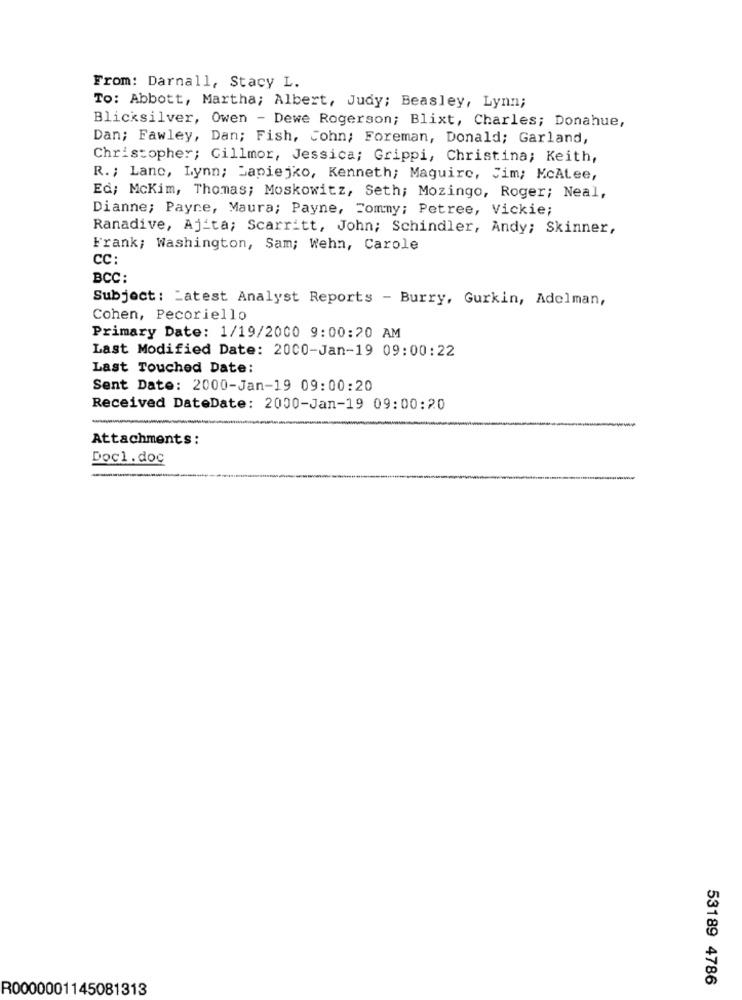
From: Darnall, Stacy L.
To: Abbott, Martha; Albert, Judy; Beasley, Lynn;
Blicksilver, Owen - Dewe Rogerson; Blixt, Charles; Donahue,
Dan; Fawley, Dan; Fish, Cohn; Foreman, Donald; Garland,
Christopher; Gillmor, Jessica; Grippi, Christina; Keith,
R. ; Lane, Lynn; Japiejko, Kenneth; Maguire, Jim; McAtee,
Ed; McKim, Thomas; Moskowitz, Seth; Mozingo, Roger; Neal,
Dianne; Payne, Maura; Payne, Tommy; Petree, Vickie;
Ranadive, Ajita; Scarritt, John; Schindler, Andy; Skinner,
Frank; Washington, Sam; Wehn, Carole
CC:
BCC:
Subject: Latest Analyst Reports - Burry, Gurkin, Adelman,
Cohen, Pecoriello
Primary Date: 1/19/2000 9:00:20 AM
Last Modified Date: 2000-Jan-19 09:00:22
Last Touched Date:
Sent Date: 2000-Jan-19 09:00:20
Received DateDate: 2000-Jan-19 09:00:20
Attachments:
Docl. doc
53189 4786
R0000001145081313